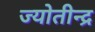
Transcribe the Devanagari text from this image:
ज्योतीन्द्र